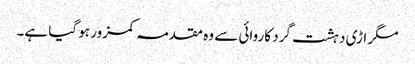
مگر اڑی دہشت گرد کاروائی سے وہ مقدمہ کمزور ہو گیا ہے۔